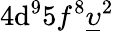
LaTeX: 4\mathrm{d}^{9}5f^{8}\underline{{{\upsilon}}}^{2}